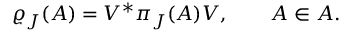
\varrho _ { J } ( A ) = V ^ { * } \pi _ { J } ( A ) V , \qquad A \in { \cal A } .